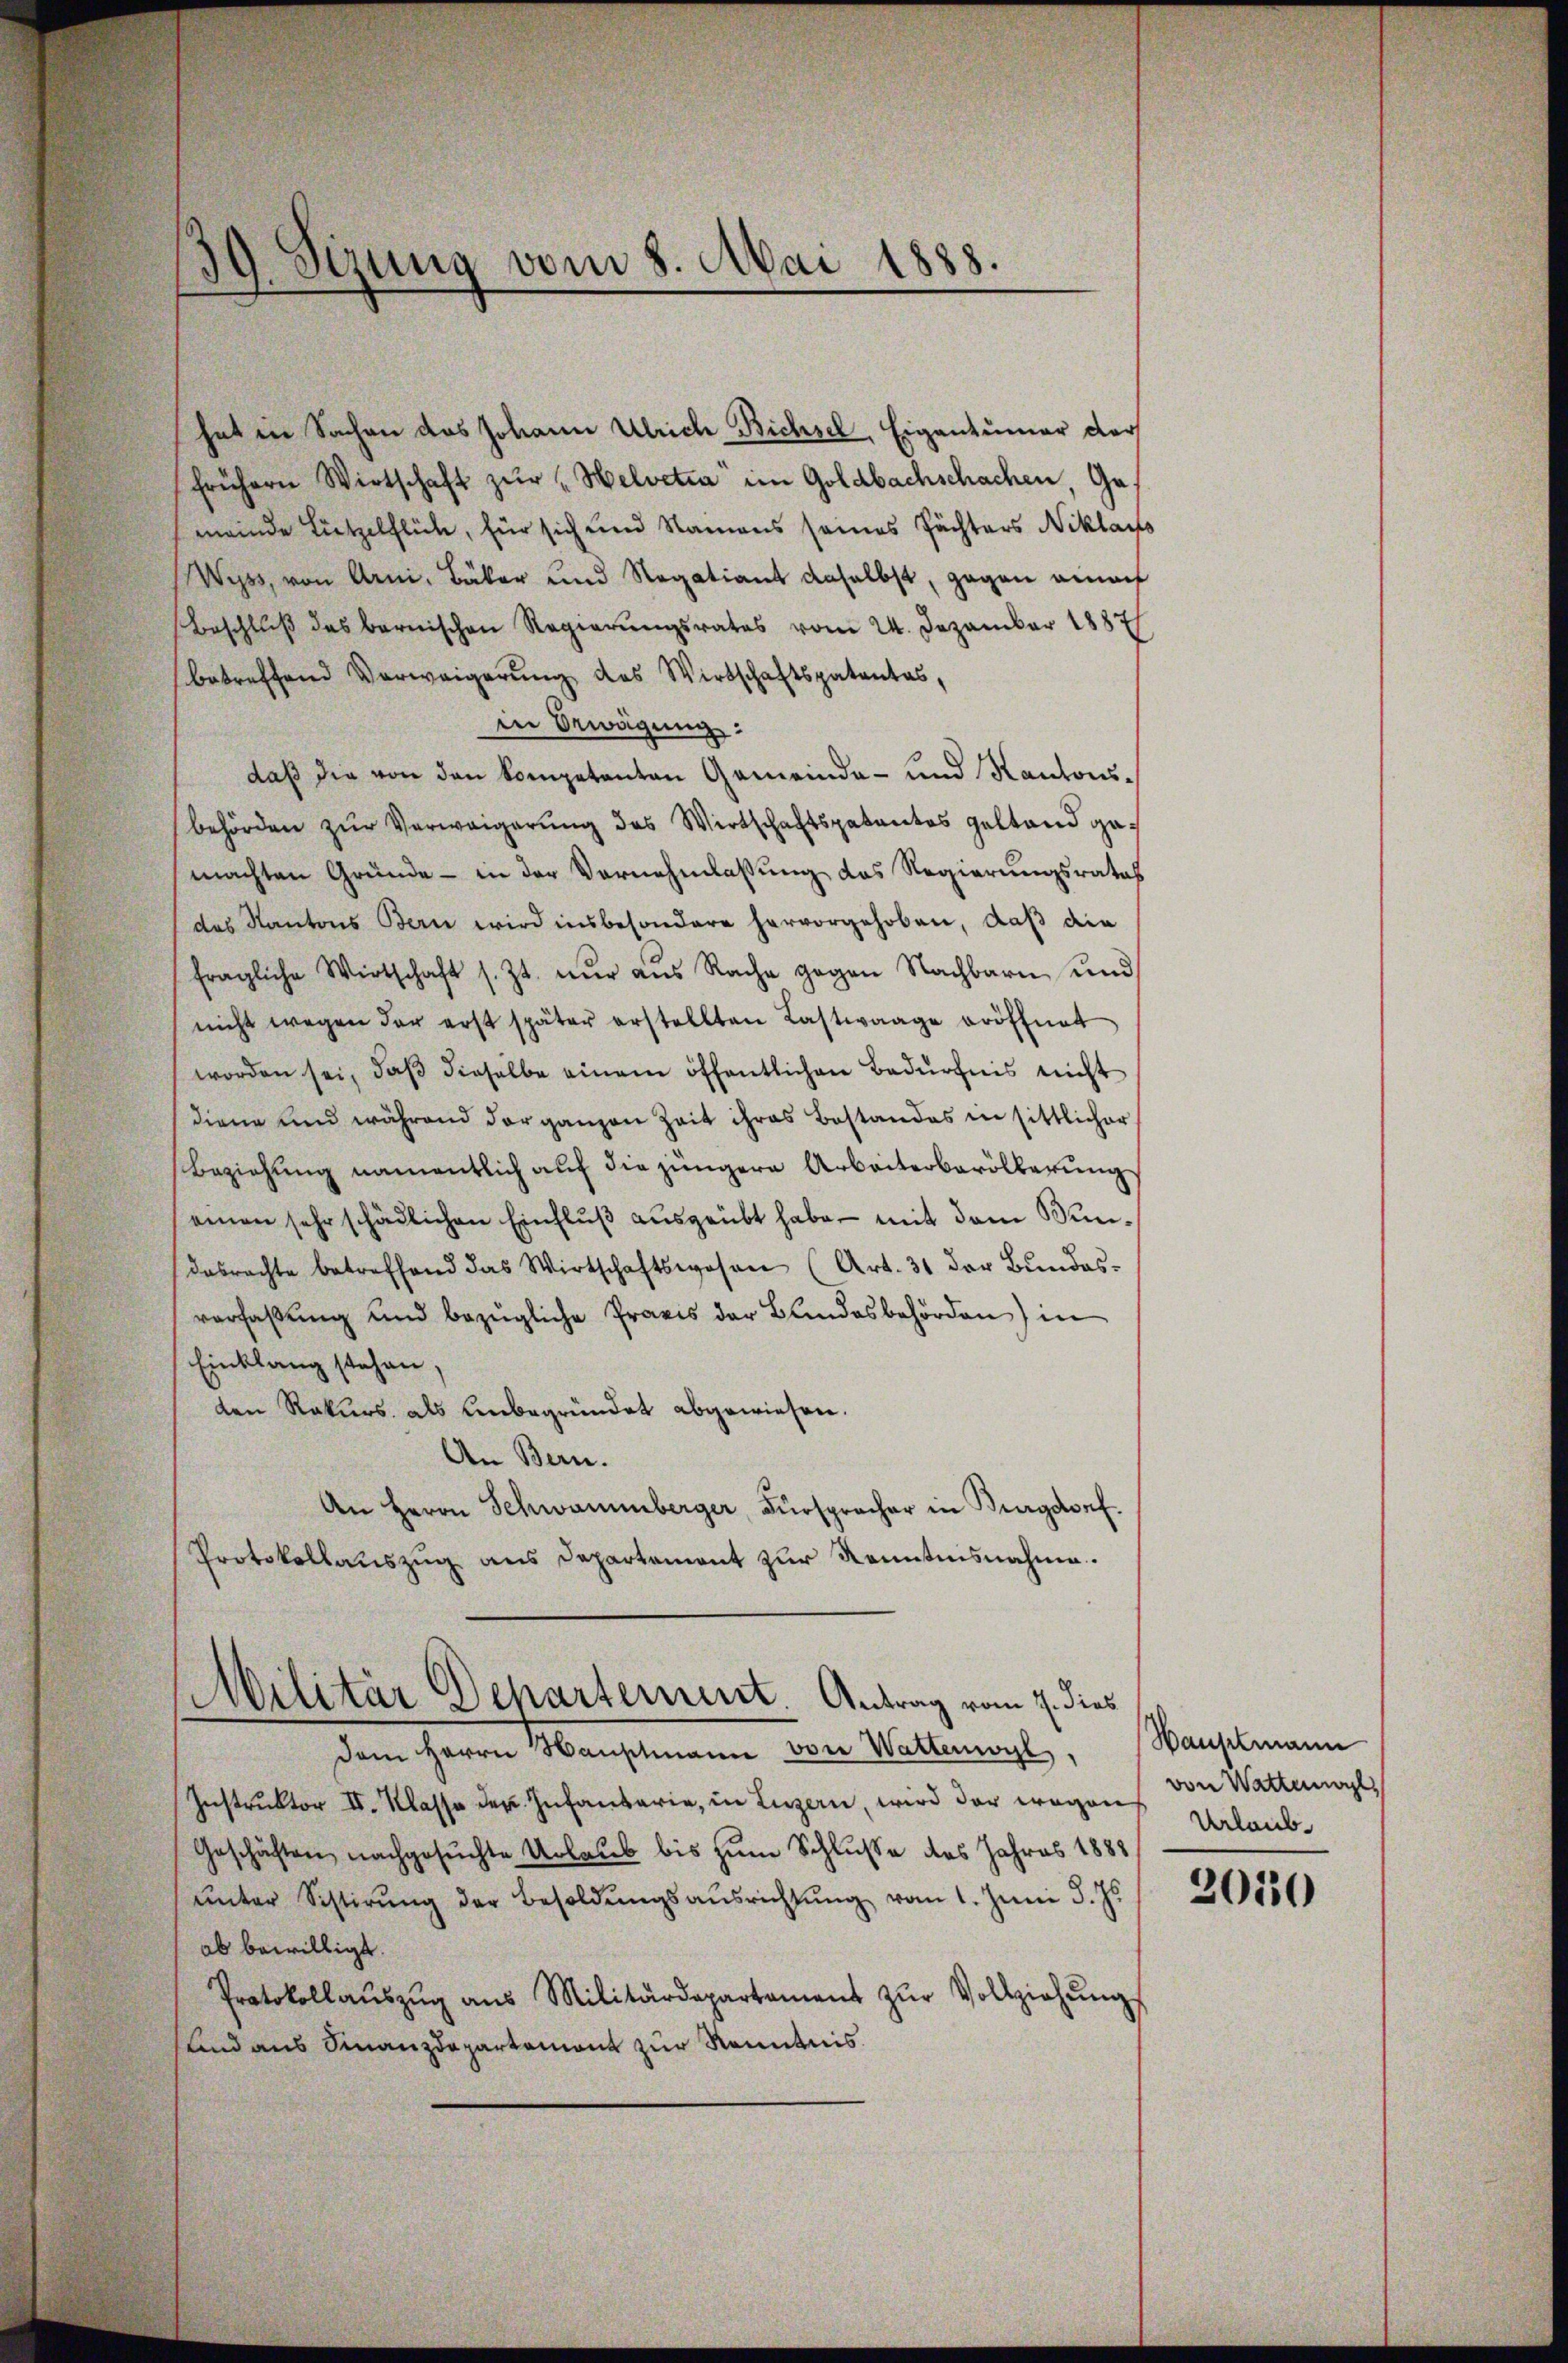
¬
39. Sizung vom 8. Mai 1888.

hat in Sachen des Johann Ulrich Bichsel, Eigentümer der
frühern Wirtschaft zŭr Helvetia" im Goldbachschachen, Gemeinde Lützelflich, für sich und Namens seines Pächters Niklars
Wyss, von Arni, Bäker und Regatiant daselbst, gegen einauf
Beschlŭβ des bernischen Regierŭngsrates vom 24. Dezember 1887
betreffend Verweigerŭng des Wirtschaftspatentes,
in Bewägung:
daß die von den kompetenten Gemeinde- und Kantonsbehörden zur Verweigerung des Wirtschaftspatentes gestand gemachten Gründe - in der Vornehmlassung das Regierungsratas
des Kantons Bern wird insbesondere hervorgehoben, daß die
fragliche Wirtschaft s. Zt. nŭr aŭs Rache gegen Nachbarn und
(nicht wegen der erst später erstellten Lastwaage eröffnet
worden sei, daβ dieselbe einem öffentlichen Bedürfnis nicht
diene und während der ganzen Zeit ihres Bestandes in sittlicher
Beziehung namentlich auf die jüngere Arbeiterbevölkerung
einen sehr schädlichen Einflŭβ aŭsgeübt habe - mit dem Windasrachte betreffend das Wirtschaftswesen (Art. 31 der Bŭndes-
verfaßung und bezügliche Praxis der Bundesbehörden) in
Einklang stehen,
den Rekurs, als Unbegründet abgewiesen.
An Bern.
An Herrn Schwammberger, Fürspracher in Burgdorf.
Protokollauszug aus Departement zur Kenntnisnahme.
Militär Departement. Antrag vom 7. dies
dem Herrn Hauptmann von Wattenwyl. Hauptmann
Ins I. Klasse. Infanterie, in Luzern, wird der wegen Dalaub¬
Geschäften nachgesuchte Urlaub bis zum Schlusse des Jahres 1888
ŭnter Sistirŭng der Besoldŭngsaŭsrichtŭng vom 1. Juni d. Js.
ab bewilligt.
Protokollaŭszŭg ans Militärdepartament zŭr Vollziehŭng
sund aus Finanzdepartemont zur Kenntnis

von Wattenal

2010